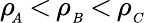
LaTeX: \rho\! _{_A}\, {<}\, \rho_{_B}\, {<}\, \rho_{_C}